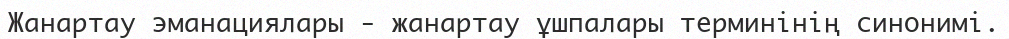
Жанартау эманациялары - жанартау ұшпалары терминінің синонимі.